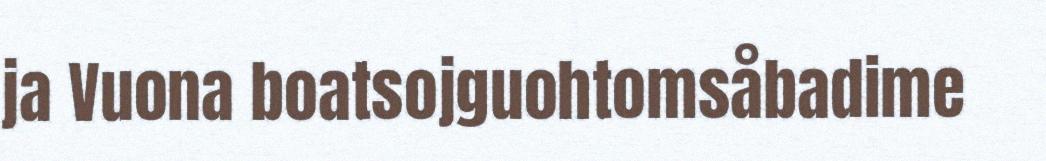
ja Vuona boatsojguohtomsåbadime